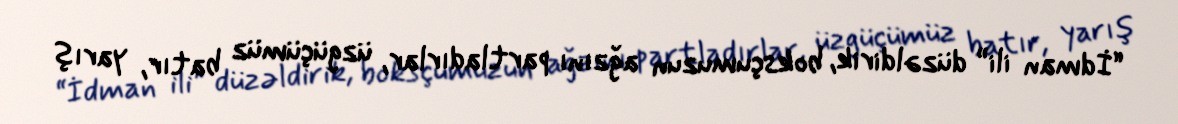
“İdman ili” düzəldirik, boksçumuzun ağzını partladırlar, üzgüçümüz batır, yarış